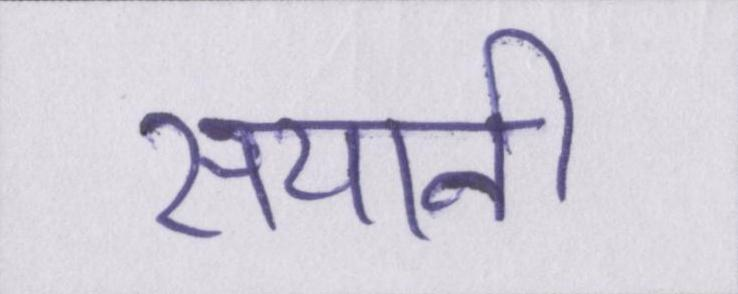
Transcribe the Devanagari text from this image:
सयानी